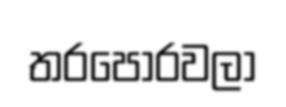
තරපොරවලා